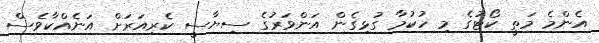
އެންމެ މަތީ ކޯޓުގެ މި ހުކުމާ ގުޅިގެން އަންވަރުގެ ސިޔާސީ ކެރިއަަރަށް އަނެއްކާވެސް